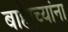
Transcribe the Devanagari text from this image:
बाहेरच्यांना